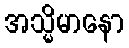
အသ္မိမာနော